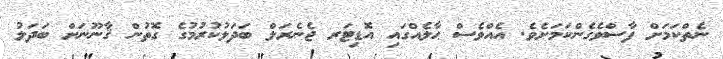
ނެތްކަމަށް ފާސްވެގެންކަމަށެވެ. އެއްވެސް ޙާލެއްގައި އޮޑިޓަރ ޖެނެރަލް ބަދަލުކުރުމުގެ ގޮތުން ޤާނޫނަށް ބަދަލު